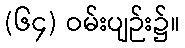
(၆၄) ဝမ်းပျဉ်း၌။